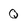
Character: Q